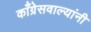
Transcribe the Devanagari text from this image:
काँग्रेसवाल्यांनी